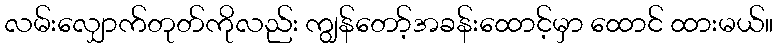
လမ်းလျှောက်တုတ်ကိုလည်း ကျွန်တော့်အခန်းထောင့်မှာ ထောင် ထားမယ်။